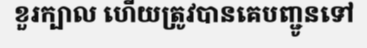
ខួរក្បាល ហើយត្រូវបានគេបញ្ជូនទៅ